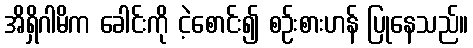
အိရှိဂါမိက ခေါင်းကို ငဲ့စောင်း၍ စဉ်းစားဟန် ပြုနေသည်။